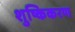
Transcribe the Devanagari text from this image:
शुष्किकरण